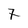
Character: 7